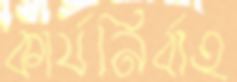
কার্যনির্বাহ